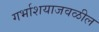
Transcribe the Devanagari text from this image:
गर्भाशयाजवळील